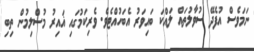
ނަމަވެސް އުފެދޭ ސުވާލުތައް ލައްކަ ބައިވަރު އެބަހުއްޓެވެ. ވެރިކަމުގައި ޣައިރު މުސްލިމުން ތިބި